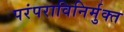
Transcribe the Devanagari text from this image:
परंपराविनिर्मुक्त